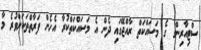
ސްޓިއާރިންގ ގެ މަސައްކަތް ރާއްޖޭގައި ދެން އެ މަސައްކަތްކުރާ އެހެން ފަރާތްތަކަށްވުރެ މާ